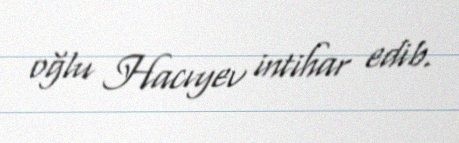
oğlu Hacıyev intihar edib.